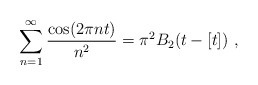
\begin{align*}\sum_{n=1}^{\infty} {\cos(2 \pi nt)\over n^2} = \pi^2 B_2(t - [t]) \ ,\end{align*}